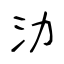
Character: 氻